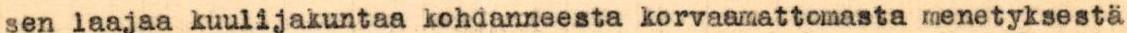
sen laajaa kuulijakuntaa kohdanneesta korvaanattomasta menetyksestä